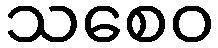
သစေဝ